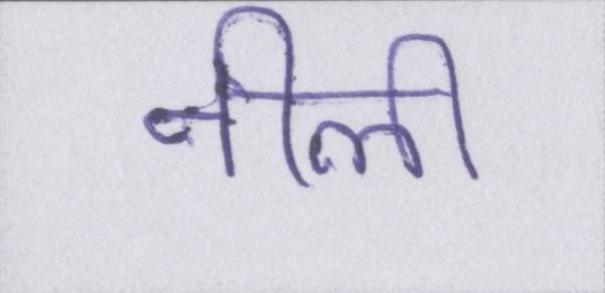
नीली